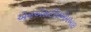
એનએસટીઇએમઆઇ